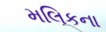
મલિકના